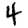
Digit: 4